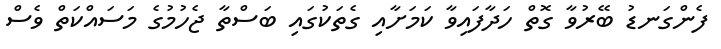
ފެންގަނޑު ބޭރުވާ ގޮތް ހަދާފައިވާ ކަމަށާއި ގެތަކުގައި ބަސްތާ ޖެހުމުގެ މަސައްކަތް ވެސް